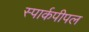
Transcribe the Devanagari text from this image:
स्पार्कपीपल